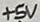
Text: +5V